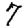
Digit: 7